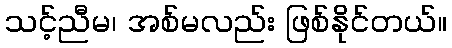
သင့်ညီမ၊ အစ်မလည်း ဖြစ်နိုင်တယ်။